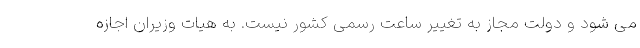
می شود و دولت مجاز به تغییر ساعت رسمی کشور نیست. به هیات وزیران اجازه